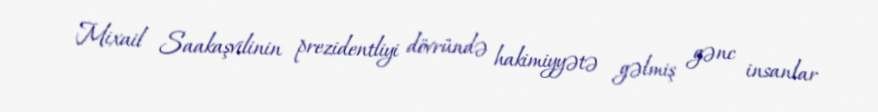
Mixail Saakaşvilinin prezidentliyi dövründə hakimiyyətə gəlmiş gənc insanlar